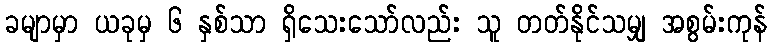
ခမျာမှာ ယခုမှ ၆ နှစ်သာ ရှိသေးသော်လည်း သူ တတ်နိုင်သမျှ အစွမ်းကုန်